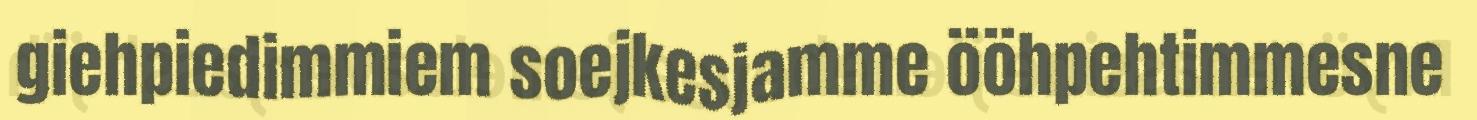
giehpiedimmiem soejkesjamme ööhpehtimmesne